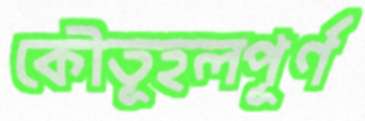
কৌতূহলপূর্ণ